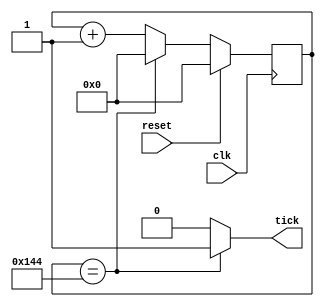
`timescale 1ns / 1ps
//////////////////////////////////////////////////////////////////////////////////
// Company: 
// Engineer: 
// 
// Design Name: 
// Module Name: baud_generator
// Project Name: 
// Target Devices: 
// Tool Versions: 
// Description: 
// 
// Dependencies: 
// 
// Revision:
// Revision 0.01 - File Created
// Additional Comments:
// 
//////////////////////////////////////////////////////////////////////////////////


module br_generator #(              // 19200 baud
        parameter   freq        = 100000000,     // number of counter bits
                    baud_rate   = 19200,     // counter limit value
                    N           = 10
    )
    (
        input clk,       // basys 3 clock
        input reset,            // reset
        output tick             // sample tick
    );
       
    // Counter Register
    reg [N-1:0] counter;        // counter value
    wire [N-1:0] next;          // next counter value

    parameter modulo = freq / (baud_rate * 16);
    
    // Register Logic
    always @(posedge clk)
        if(reset)
            counter <= 0;
        else
            counter <= next;
            
    // Next Counter Value Logic
    assign next = (counter == (modulo-1)) ? 0 : counter + 1;
    
    // Output Logic
    assign tick = (counter == (modulo-1)) ? 1'b1 : 1'b0;
endmodule